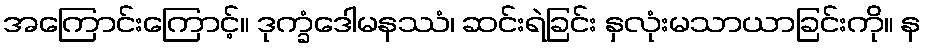
အကြောင်းကြောင့်။ ဒုက္ခံဒေါမနဿံ၊ ဆင်းရဲခြင်း နှလုံးမသာယာခြင်းကို။ န